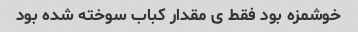
خوشمزه بود فقط ی مقدار کباب سوخته شده بود